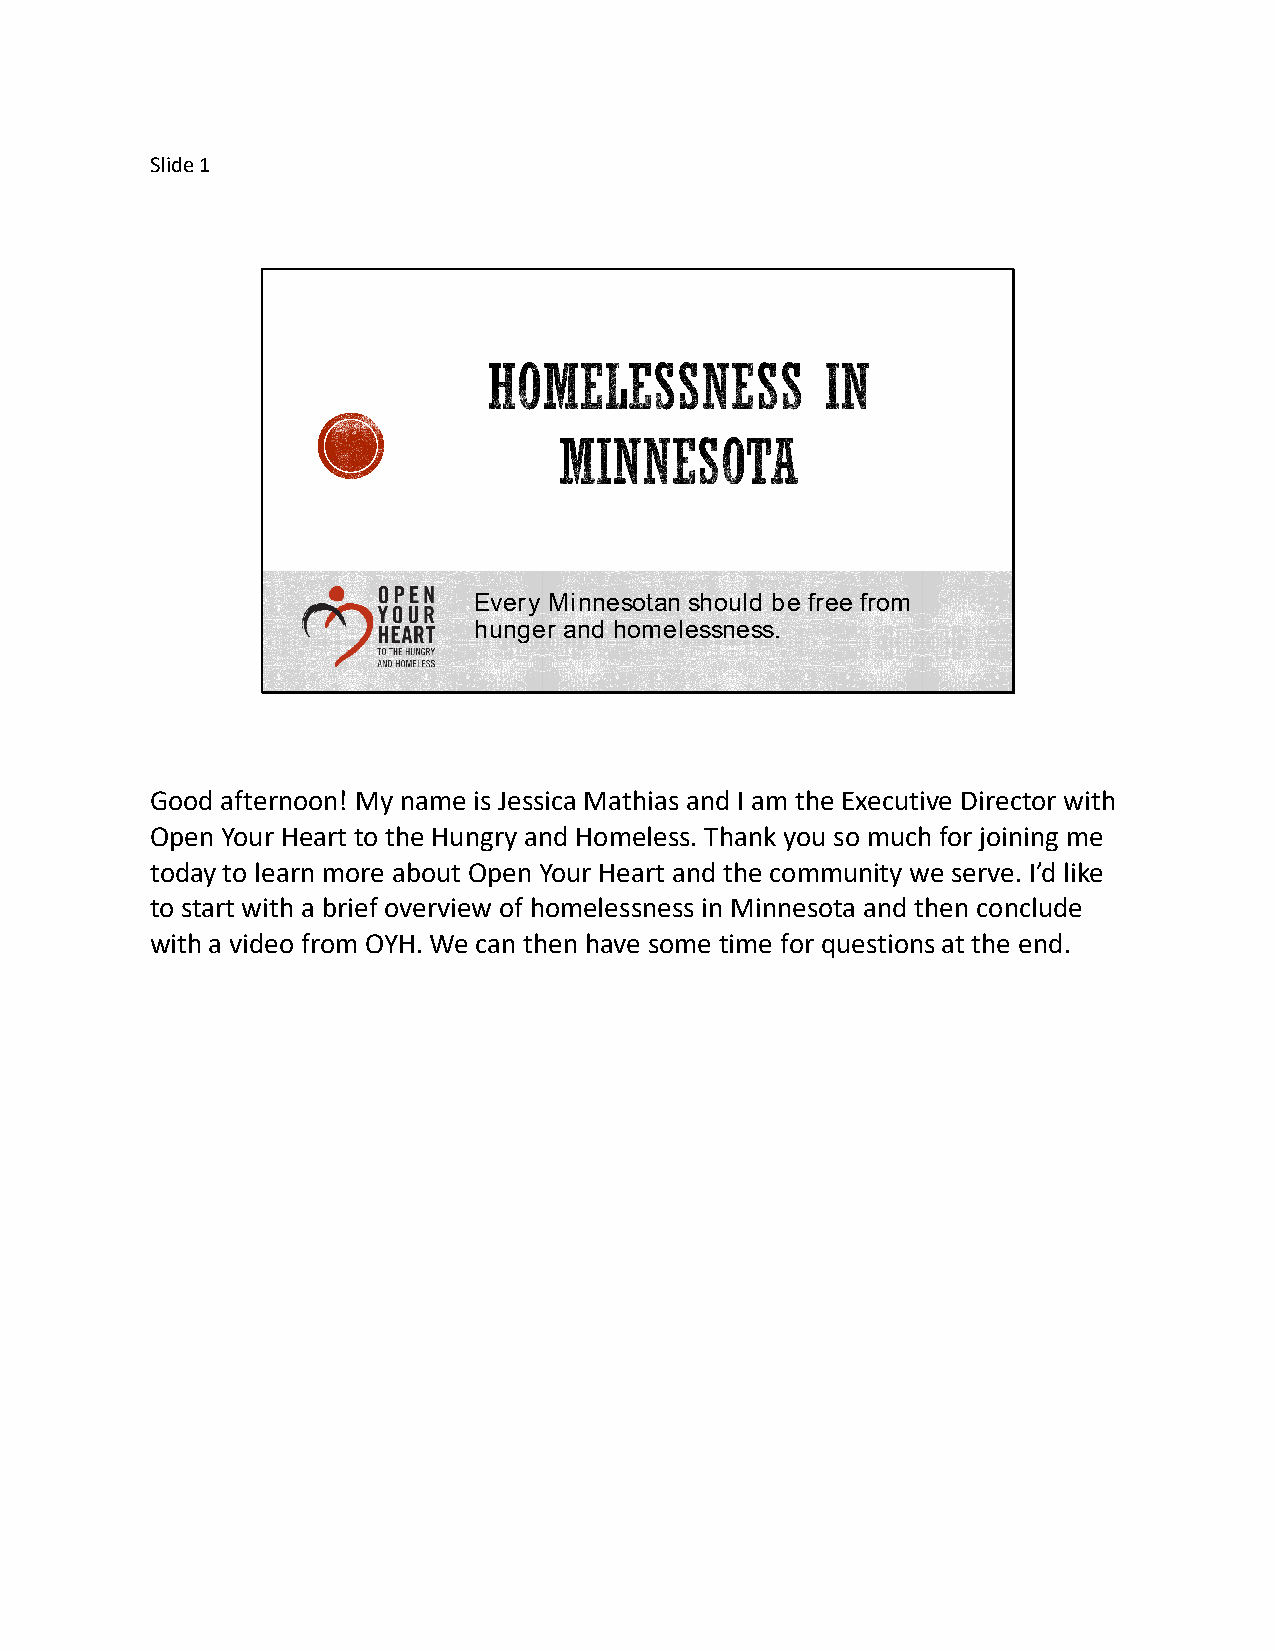
Slide 1
 Every Minnesotan should be free from
 hunger and homelessness.
 Good afternoon! My name is Jessica Mathias and I am the Executive Director with
 Open Your Heart to the Hungry and Homeless. Thank you so much for joining me
 today to learn more about Open Your Heart and the community we serve. I’d like
 to start with a brief overview of homelessness in Minnesota and then conclude
 with a video from OYH. We can then have some time for questions at the end.